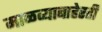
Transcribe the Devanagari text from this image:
माळव्याबाहेरही